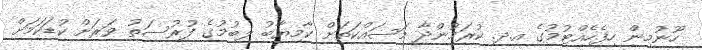
ހޫނުމިން ހިފެހެއްޓުމުގެ އ.ދ. ކުރަމުންދާ މަސައްކަތަށް ކާމިޔާބު ލިބުމުގެ ފުރުސަތު ވަރަށް ކުޑަކަމަށް